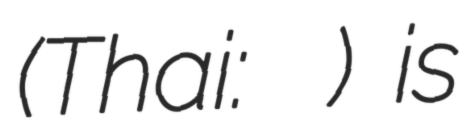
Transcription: (Thai: องอาจ สิงห์ลำพอง) is